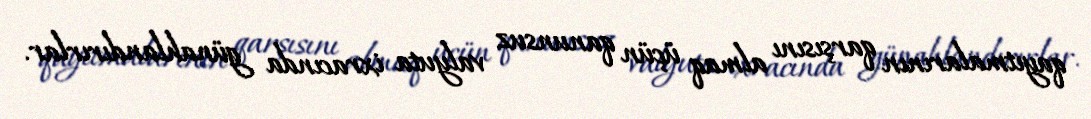
qayıtmalarının qarşısını almaq üçün qanunsuz valyuta ixracında günahlandırırlar.